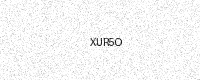
Text: XUR5O